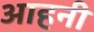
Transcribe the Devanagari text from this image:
आहनी